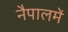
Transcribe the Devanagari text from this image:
नैपालमें